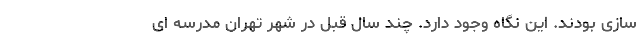
سازی بودند. این نگاه وجود دارد. چند سال قبل در شهر تهران مدرسه ای